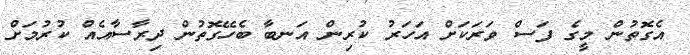
އެގޮތުން މީގެ ފަސް ވަރަކަށް އަހަރު ކުރިން އަނބާ ބެހޭގޮތުން ދިރާސާއެއް ކުރުމަށް